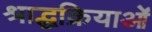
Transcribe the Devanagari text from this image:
श्राद्धक्रियाओं